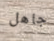
جاهل